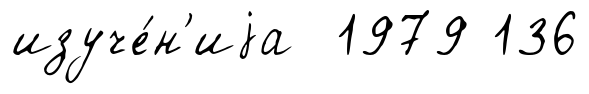
изуче́н'иjа 1979 136